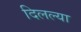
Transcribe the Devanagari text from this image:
दिलल्या